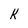
Character: k